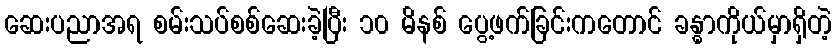
ဆေးပညာအရ စမ်းသပ်စစ်ဆေးခဲ့ပြီး ၁၀ မိနစ် ပွေ့ဖက်ခြင်းကတောင် ခန္ဓာကိုယ်မှာရှိတဲ့